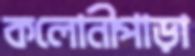
কলোনীপাড়া